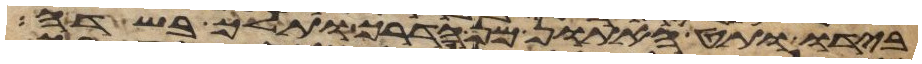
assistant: בידו ותט האתון מן הדרך ותלך בשדה